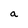
Character: a